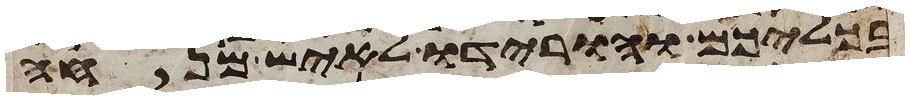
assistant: בכליכם והורידו לאיש מנחה